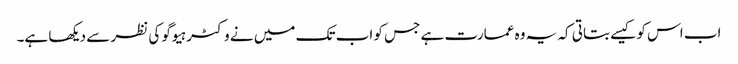
اب اس کو کیسے بتاتی کہ یہ وہ عمارت ہے جس کو اب تک میں نے وکٹر ہیوگو کی نظر سے دیکھا ہے۔